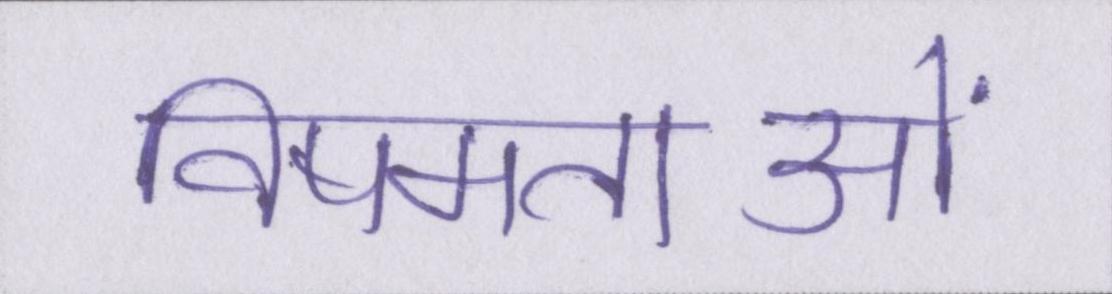
विषमताओं